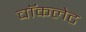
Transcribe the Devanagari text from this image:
चाॅकलेट